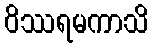
ဝိဿရမကာသိ